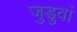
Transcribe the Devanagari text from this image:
जुडुवां